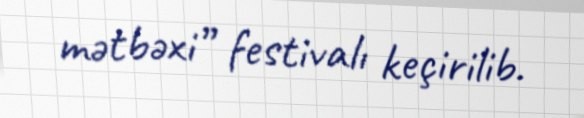
mətbəxi” festivalı keçirilib.